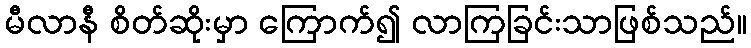
မီလာနီ စိတ်ဆိုးမှာ ကြောက်၍ လာကြခြင်းသာဖြစ်သည်။